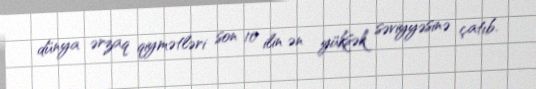
dünya ərzaq qiymətləri son 10 ilin ən yüksək səviyyəsinə çatıb.